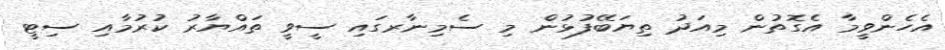
އެހެންވީމާ އެގޮތުން މިއަދު ތިޔަބޭފުޅުން މި ސެމިނާރގައި ސީވީ ތައްޔާރު ކުރުމާއި ސިޓީ